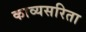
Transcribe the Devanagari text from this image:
काव्यसरिता